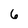
Character: 6